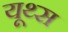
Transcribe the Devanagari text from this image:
यूथ्स